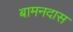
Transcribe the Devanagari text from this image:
बामनदास